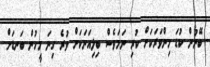
ބޭނުން ކުޑަ މިންވަރަކަށް ކުރި ނަމަވެސް ބިލިއަނަކަށް ވުރެ ގިނަ މީހުން ބަނޑަށް